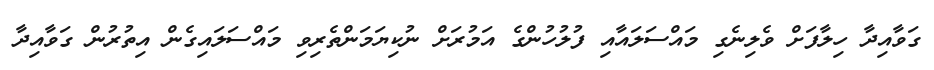
ގަވާއިދާ ހިލާފަށް ވެލިނެގި މައްސަލައާއި ފުލުހުންގެ އަމުރަށް ނުކިޔަމަންތެރިވި މައްސަލައިގެން އިތުރުން ގަވާއިދާ